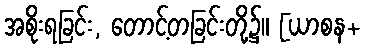
အစိုးရခြင်း, တောင့်တခြင်းတို့၌။ [ယာစန+